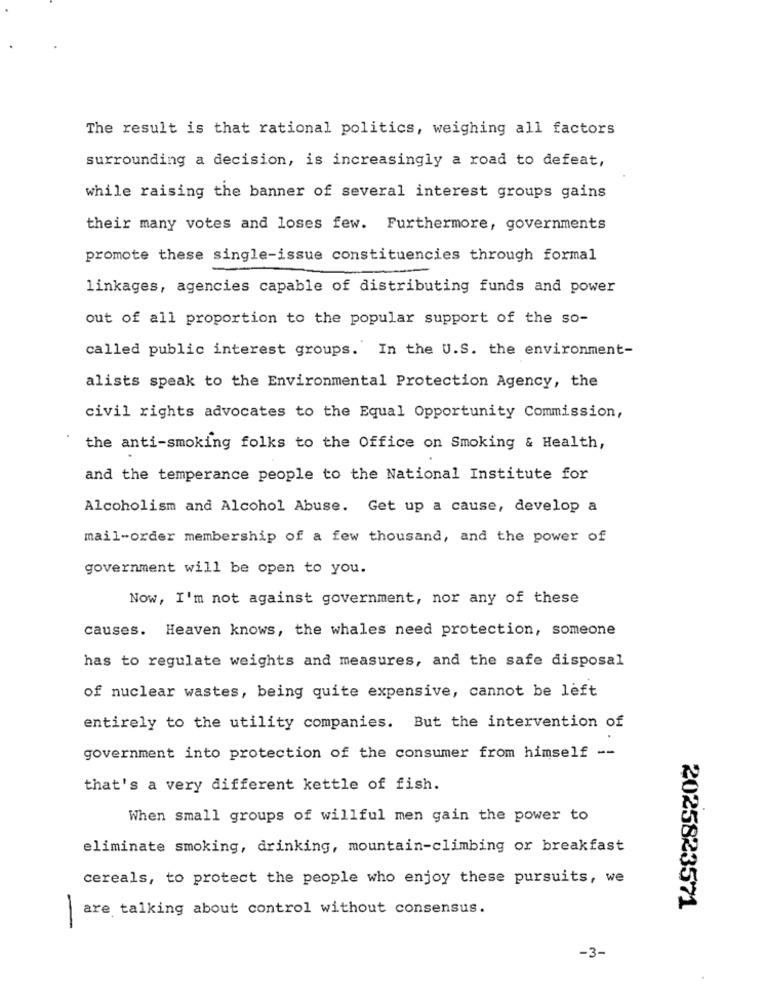
The result is that rational politics, weighing all factors
surrounding a decision, is increasingly a road to defeat,
while raising the banner of several interest groups gains
their many votes and loses few. Furthermore, governments
promote these single-issue constituencies through formal
linkages, agencies capable of distributing funds and power
out of all proportion to the popular support of the so-
called public interest groups. In the U.S. the environment-
alists speak to the Environmental Protection Agency, the
civil rights advocates to the Equal Opportunity Commission,
the anti-smoking folks to the Office on Smoking & Health,
and the temperance people to the National Institute for
Alcoholism and Alcohol Abuse. Get up a cause, develop a
mail-order membership of a few thousand, and the power of
government will be open to you.
Now, I'm not against government, nor any of these
causes. Heaven knows, the whales need protection, someone
has to regulate weights and measures, and the safe disposal
of nuclear wastes, being quite expensive, cannot be left
entirely to the utility companies. But the intervention of
government into protection of the consumer from himself --
that's a very different kettle of fish.
When small groups of willful men gain the power to
eliminate smoking, drinking, mountain-climbing or breakfast
cereals, to protect the people who enjoy these pursuits, we
are talking about control without consensus.
2025823571
-
-3-